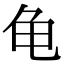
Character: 龟